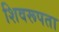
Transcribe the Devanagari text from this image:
शिवरूपता